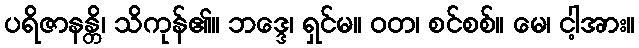
ပရိဇာနန္တိ၊ သိကုန်၏။ ဘဒ္ဒေ၊ ရှင်မ။ ဝတ၊ စင်စစ်။ မေ၊ ငါ့အား။